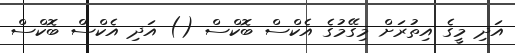
އަދި މީގެ އިތުރަށް މިގޭމުގެ އެކްސް ބޮކްސް () އަދި އެކްސް ބޮކްސް